65_HS1-834228961_62-HQ-83894_Section_10
Agency: FBI
Page 122
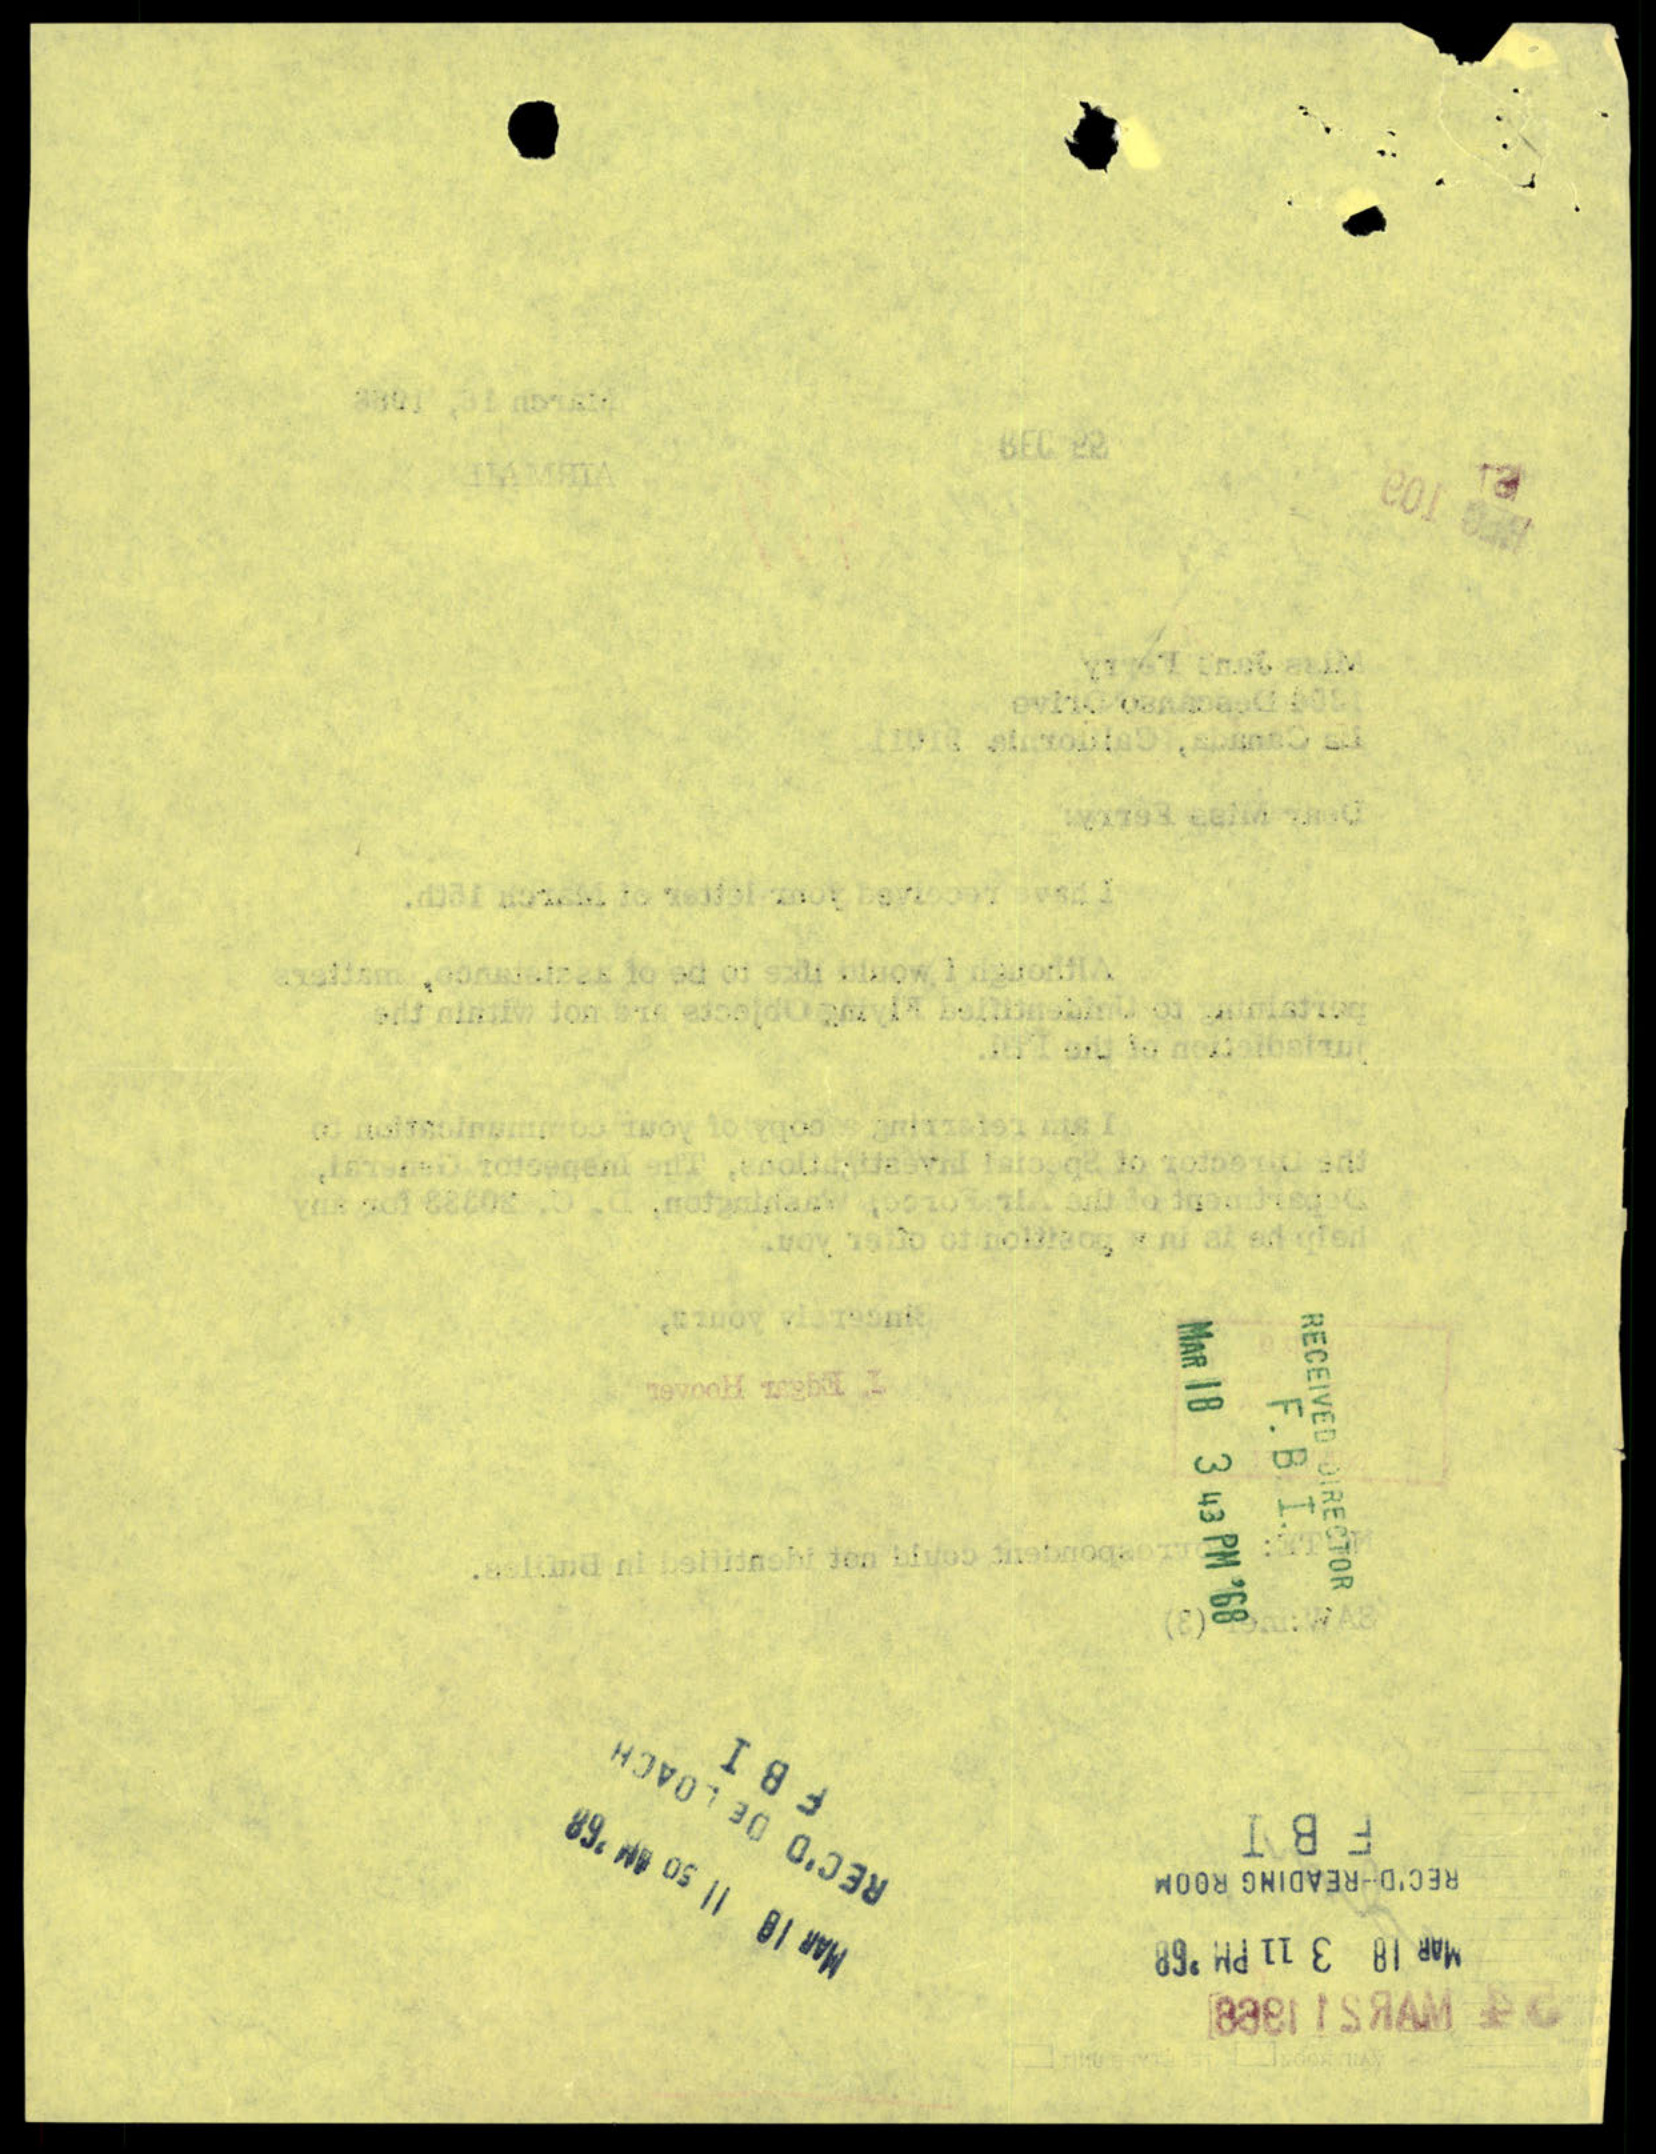